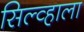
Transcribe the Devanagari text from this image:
सिल्व्हाला